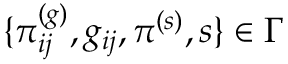
\{ \pi _ { i j } ^ { ( g ) } , g _ { i j } , \pi ^ { ( s ) } , s \} \in \Gamma